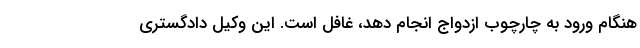
هنگام ورود به چارچوب ازدواج انجام دهد، غافل است. این وکیل دادگستری